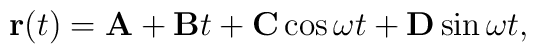
{\bf r}(t)={\bf A}+{\bf B}t+{\bf C}\cos\omega t+{\bf D}\sin\omega t,